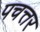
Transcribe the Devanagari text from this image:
पचत्तर